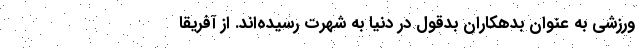
ورزشی به عنوان بدهکاران بدقول در دنیا به شهرت رسیده‌اند. از آفریقا